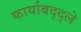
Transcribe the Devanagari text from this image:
कार्याबद्द्ले